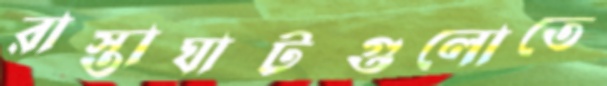
রাস্তাঘাটগুলোতে